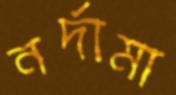
নর্দামা